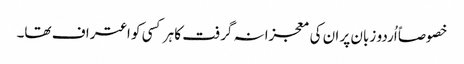
خصوصاً اُردو زبان پر ان کی معجزانہ گرفت کا ہر کسی کو اعتراف تھا۔